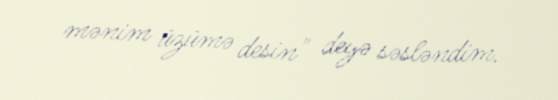
mənim üzümə desin" deyə səsləndim.